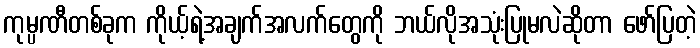
ကုမ္ပဏီတစ်ခုက ကိုယ့်ရဲ့အချက်အလက်တွေကို ဘယ်လိုအသုံးပြုမလဲဆိုတာ ဖော်ပြတဲ့